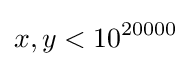
x,y<10^{20000}